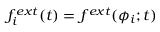
f _ { i } ^ { e x t } ( t ) = f ^ { e x t } ( \phi _ { i } ; t )